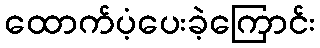
ထောက်ပံ့ပေးခဲ့ကြောင်း